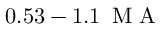
0 . 5 3 - 1 . 1 \, \mathrm { ~ M ~ A ~ }